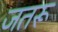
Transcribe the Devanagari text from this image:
जतरू